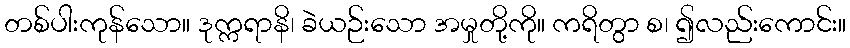
တစ်ပါးကုန်သော။ ဒုက္ကရာနိ၊ ခဲယဉ်းသော အမှုတို့ကို။ ကရိတွာ စ၊ ၍လည်းကောင်း။